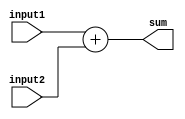
module arithmetic_block (
    input [7:0] input1,
    input [7:0] input2,
    output reg [7:0] sum
);

always @* begin
    sum = input1 + input2;
end

endmodule